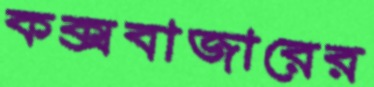
কক্সবাজারের